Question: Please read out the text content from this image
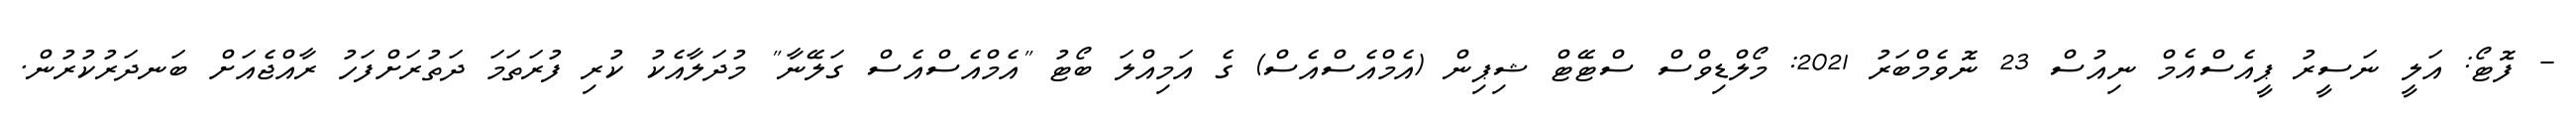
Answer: - ފޮޓޯ: އަލީ ނަސީރު ޕީއެސްއެމް ނިއުސް 23 ނޮވެމްބަރު 2021: މޯލްޑިވްސް ސްޓޭޓް ޝިޕިން (އެމްއެސްއެސް) ގެ އަމިއްލަ ބޯޓު "އެމްއެސްއެސް ގަލޭނާ" މުދަލާއެކު ކުރި ފުރަތަމަ ދަތުރަށްފަހު ރާއްޖެއަށް ބަނދަރުކުރުން.